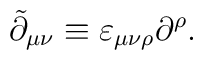
\tilde{\partial}_{\mu \nu }\equiv \varepsilon _{\mu \nu \rho }\partial ^\rho.